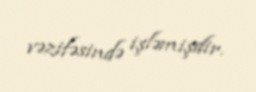
vəzifəsində işləmişdir.